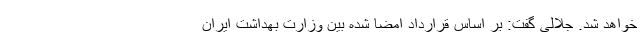
خواهد شد. جلالی گفت: بر اساس قرارداد امضا شده بین وزارت بهداشت ایران